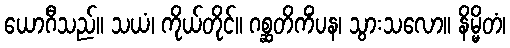
ယောဂီသည်။ သယံ၊ ကိုယ်တိုင်။ ဂစ္ဆတိကိံပန၊ သွားသလော။ နိမ္မိတံ၊